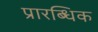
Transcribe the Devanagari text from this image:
प्रारब्धिक